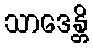
သာဒေန္တိ